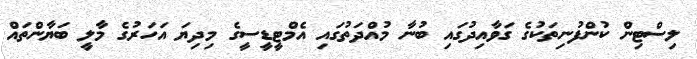
ލިސްޓިިން ކުންފުނިތަކުގެ ގަވާއިދުގައި ބުނާ މުއްދަތުގައި އެމްޓީޑީސީގެ މިދިޔަ އަހަރުގެ މާލީ ބަޔާންތައް